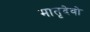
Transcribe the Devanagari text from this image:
मातृदेवो